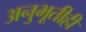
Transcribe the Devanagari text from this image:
अनुभूतीही